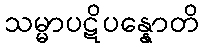
သမ္မာပဋိပန္နောတိ